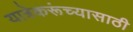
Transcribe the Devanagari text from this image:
यात्रेकरूंच्यासाठी